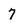
Character: 7